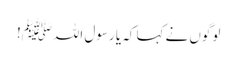
لوگوں نے کہا کہ یا رسول اللہﷺ!